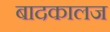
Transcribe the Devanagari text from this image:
बादकालज